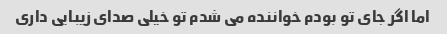
اما اگر جای تو بودم خواننده می شدم تو خیلی صدای زیبایی داری